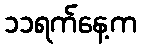
၁၁ရက်နေ့က